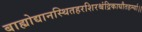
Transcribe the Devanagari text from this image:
बाह्योद्यानस्थितहरशिरश्चंद्रिकाधौतहर्म्या।।